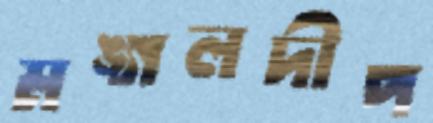
মঙ্গলদীপ